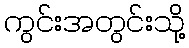
ကွင်းအတွင်းသို့